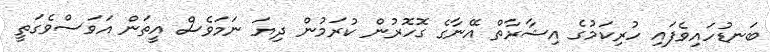
ބަނޑުހައިވެފައި ހުރިކަމުގެ އިޝާރާތް އޭނާގެ ގޮހޮރުން ކުރަމުން ދިޔަ ނަމަވެސް އީތަން އަވަސްވެގަތީ